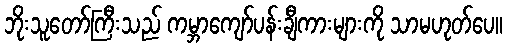
ဘိုးသူတော်ကြီးသည် ကမ္ဘာကျော်ပန်းချီကားများကို သာမဟုတ်ပေ။